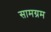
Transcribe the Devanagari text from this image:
सामग्रम